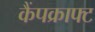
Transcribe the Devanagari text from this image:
कैंपक्राफ्ट